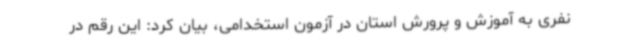
نفری به آموزش و پرورش استان در آزمون استخدامی، بیان کرد: این رقم در